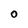
Character: O